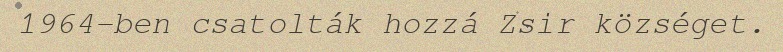
1964-ben csatolták hozzá Zsir községet.